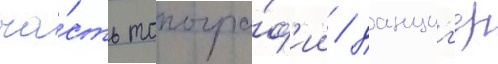
ча́сть топогра́ф'ии / данциг'ер